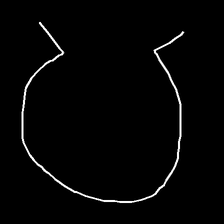
Glyph: weave